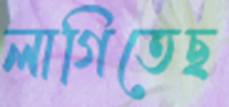
লাগিতেছ